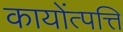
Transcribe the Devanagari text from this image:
कायोंत्पत्ति